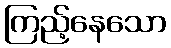
ကြည့်နေသော